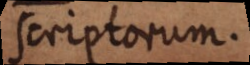
scriptorum.